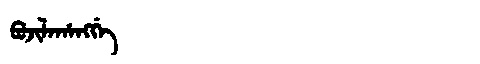
Manchu: ᠪᠣᠵᡳᠯᠠᡥᠠᠩᡤᡝ
Romanization: BOJILAHANGGE